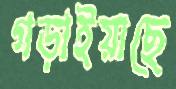
গড়াইয়াছে